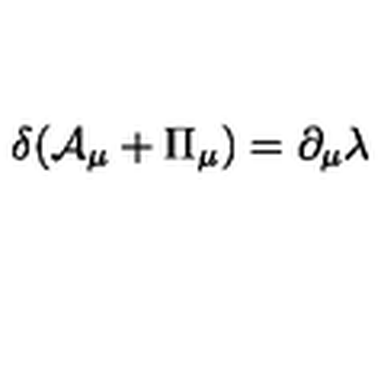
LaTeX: \delta ( { \cal A } _ { \mu } + { \Pi } _ { \mu } ) = \partial _ { \mu } \lambda